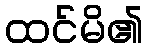
ထင်မိ၏